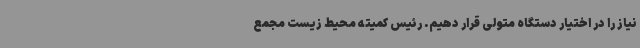
نیاز را در اختیار دستگاه متولی قرار دهیم. رئیس کمیته محیط زیست مجمع